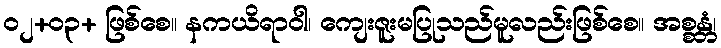
၀၂+၀၃+ ဖြစ်စေ။ နကယိရာဝါ၊ ကျေးဇူးမပြုသည်မူလည်းဖြစ်စေ။ အစ္စန္တံ၊